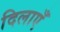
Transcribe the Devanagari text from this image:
दिलाएँ